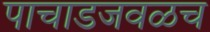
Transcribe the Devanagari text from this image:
पाचाडजवळच